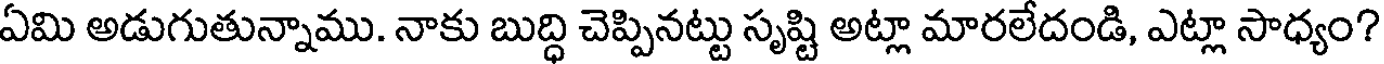
ఏమి అడుగుతున్నాము. నాకు బుద్ధి చెప్పినట్టు సృష్టి అట్లా మారలేదండి, ఎట్లా సాధ్యం?